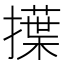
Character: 擛